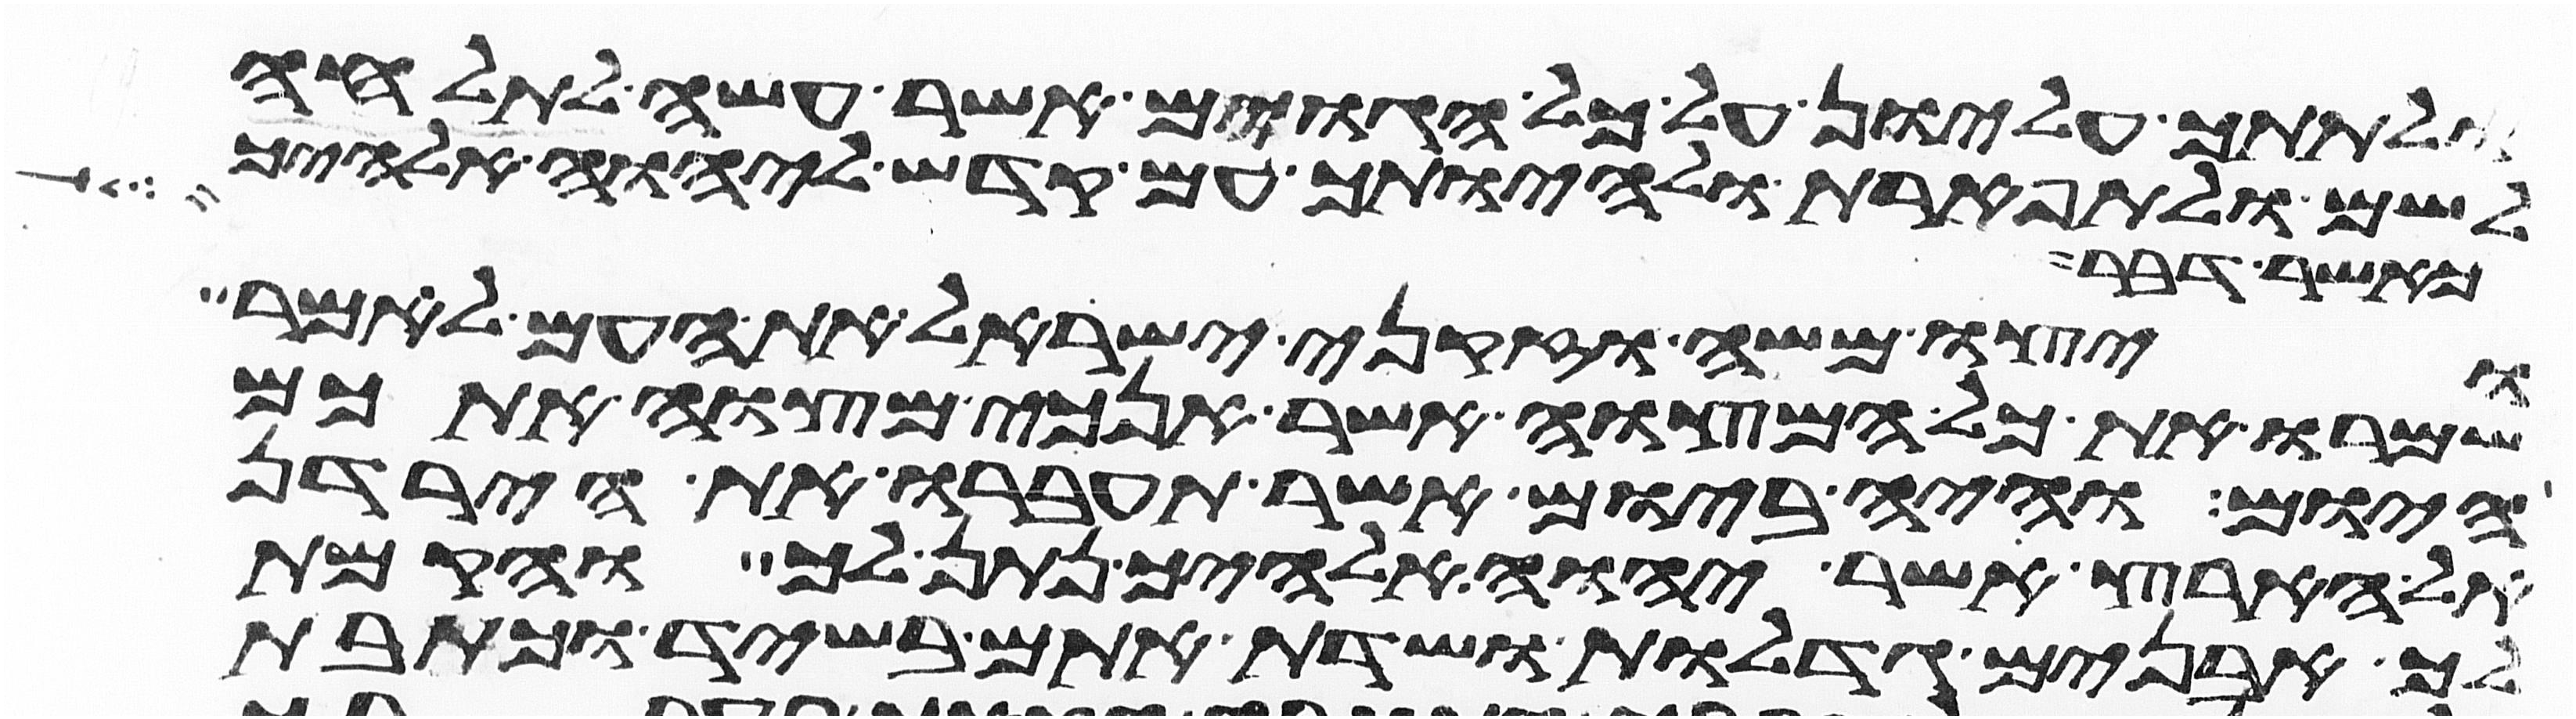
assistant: ולתתך עליון על כל הגוים אשר עשה לתהלה
לשם ולתפארת ולהיותך עם קדש ליהוה אלהיך
כאשר דבר לך
ויצו משה וזקני ישראל את העם לאמר
שמרו את כל המצוה אשר אנכי מצוה אתכם
היום והיה ביום אשר תעברו את הירדן
אל הארץ אשר יהוה אלהיך נתן לך והקמת
לך אבנים גדלות ושדת אתם בשיד וכתבת